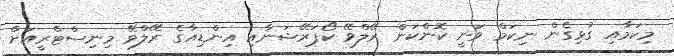
މިކަމާއި ގުޅިގެން ނިކަމް ވަނީ ކޮންކަން ރޭލްވޭ ކޯޕަރޭޝަނާއި އިންޑިއާގެ ރޭލްވޭ މިނިސްޓްރީއަށް